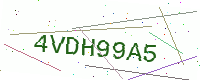
Text: 4VDH99A5